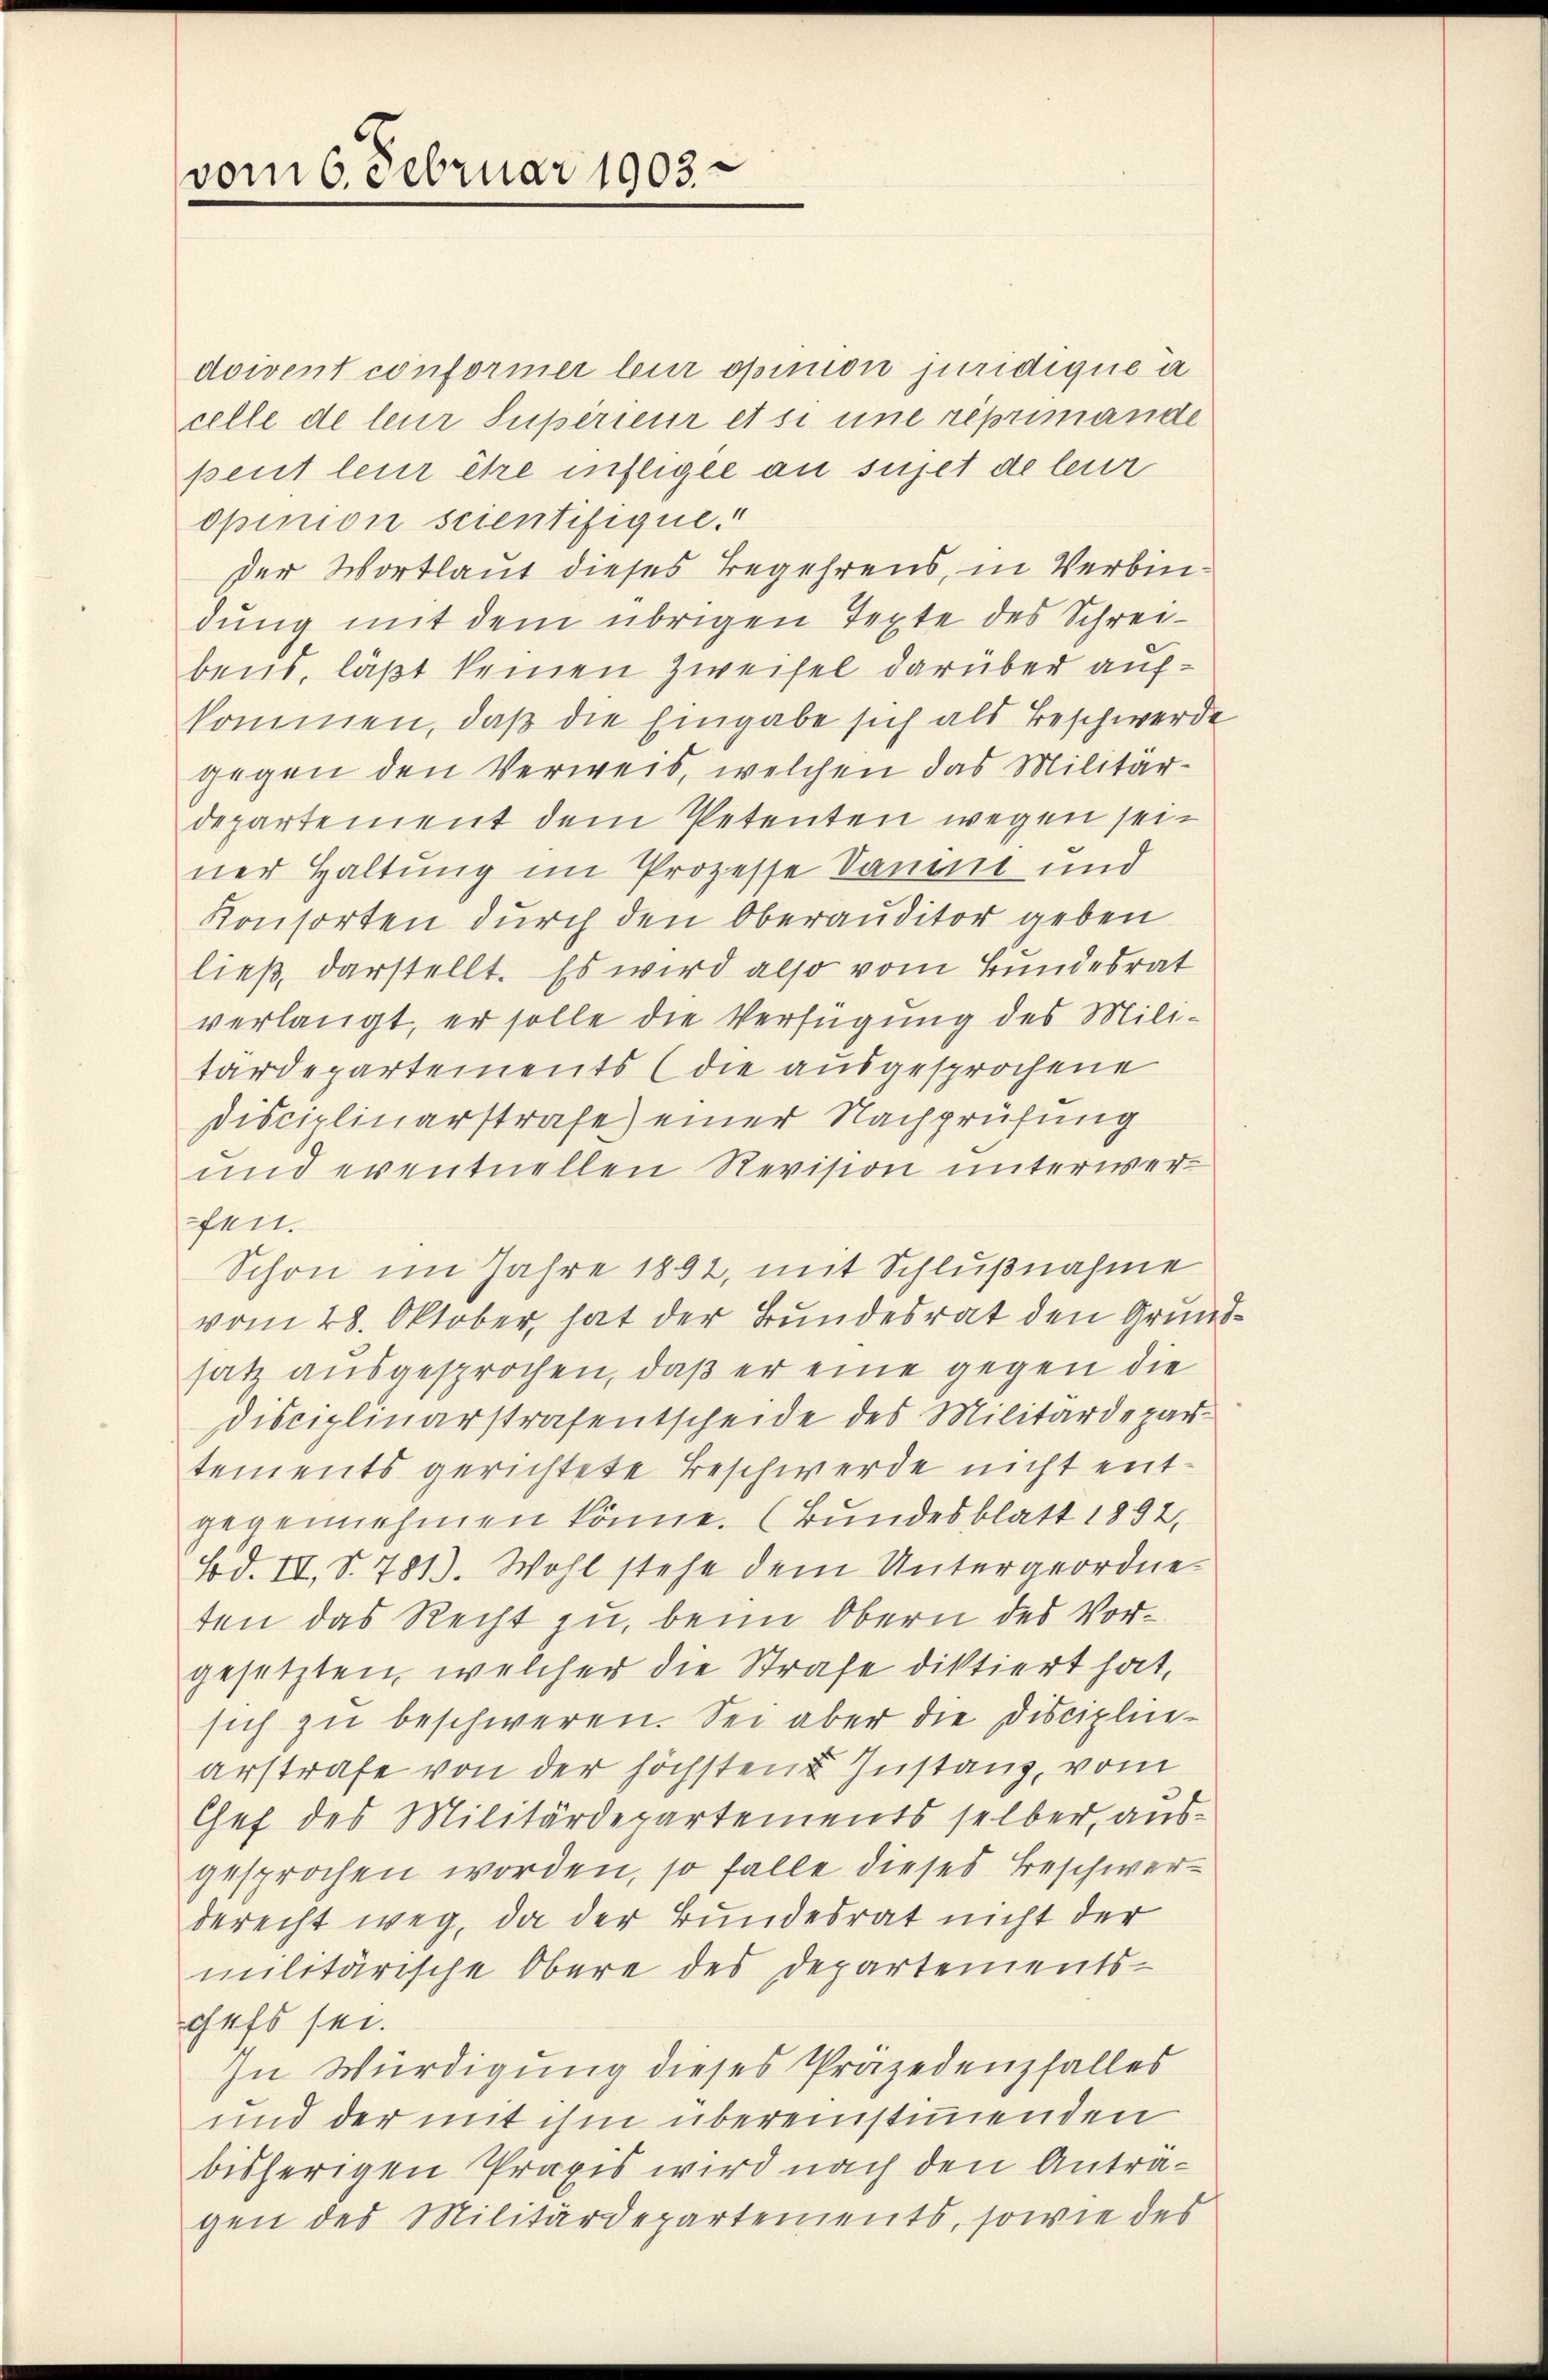
vom 6. Februar 1903.

doivent conformer leur opinion juridique a
celle de leur supérieur et si une reprimande
peut lein ihre infligée au sujet de leur
opinion scientifique.“
der Wortlaut dieses Begehrens, in Verbindung mit dem übrigen Texte des Schreibens, läßt keinen Zweifel darüber aufkommen, daß die Eingabe sich als Beschwerde
gegen den Verweis, welchen das Militärdepartement dem Petenten wegen seiner Haltung im Prozesse Saum und
Konsorten durch den Oberauditor geben
ließ darstellt. Es wird also vom Bundesrat
verlangt, er solle die Verfügung des Militärdepartements (die ausgesprochene
Disciplinarstrafe) einer Nachprüfung
und eventuellen Revision unterwerfeit.
Schon im Jahre 1892, mit Schlußnahme
vom 28. Oktober, hat der Bundesrat den Grundsatz ausgesprochen, daß er eine gegen die
Disciplinarstrafentscheide des Militärdepartements gerichtete Beschwerde nicht entgegennehmen könne. (Bundesblatt 1892,
Bd. II, S. 781. Wohl stehe dem Untergeordneten das Recht zu, beim Obern des Vorgesetzten, welcher die Strafe diktiert hat,
sich zu beschweren. Sei aber die Disciplinarstrafe von der höchsten Instanz, vom
Chef des Militärdepartements selber, ausgesprochen worden, so falle dieses Beschwerberecht weg, da der Bundesrat nicht der
militärische Obere des Departements-
chefs sei.
In Würdigung dieses Präjedenfalles
und der mit ihm übereinstimmenden
bisherigen Praxis wird nach den Anträgen des Militärdepartements, sowie des